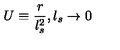
U \equiv \frac { r } { l _ { s } ^ { 2 } } , l _ { s } \rightarrow 0